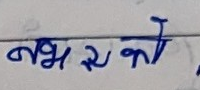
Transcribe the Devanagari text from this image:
नभरेको